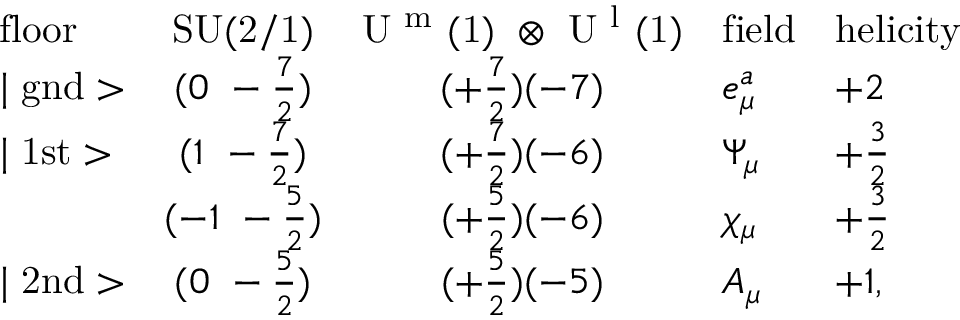
\begin{array} { l c c l l } { { \mathrm { f l o o r } } } & { { \mathrm { S U ( 2 / 1 ) } } } & { { \mathrm { U ~ ^ { m } ~ ( 1 ) ~ \otimes ~ U ~ ^ { l } ~ ( 1 ) } } } & { { \mathrm { f i e l d } } } & { { \mathrm { h e l i c i t y } } } \\ { { \mid \mathrm { g n d } > } } & { { ( 0 ~ - \frac { 7 } { 2 } ) } } & { { ( + \frac { 7 } { 2 } ) ( - 7 ) } } & { { e _ { \mu } ^ { a } } } & { { + 2 } } \\ { { \mid \mathrm { 1 s t } > } } & { { ( 1 ~ - \frac { 7 } { 2 } ) } } & { { ( + \frac { 7 } { 2 } ) ( - 6 ) } } & { { \Psi _ { \mu } } } & { { + \frac { 3 } { 2 } } } \\ { { } } & { { ( - 1 ~ - \frac { 5 } { 2 } ) } } & { { ( + \frac { 5 } { 2 } ) ( - 6 ) } } & { { \chi _ { \mu } } } & { { + \frac { 3 } { 2 } } } \\ { { \mid \mathrm { 2 n d } > } } & { { ( 0 ~ - \frac { 5 } { 2 } ) } } & { { ( + \frac { 5 } { 2 } ) ( - 5 ) } } & { { A _ { \mu } } } & { { + 1 , } } \end{array}